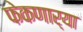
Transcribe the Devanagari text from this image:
फेकणार्‍या